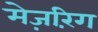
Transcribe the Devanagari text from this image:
मेज़रिंग